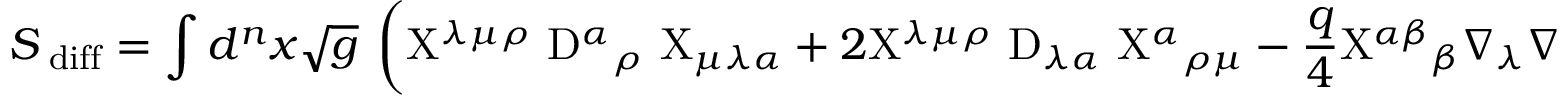
S _ { \mathrm { \tiny ~ d i f f } } = \int d ^ { n } x \sqrt { g } ~ \left( \mathrm { X } ^ { \lambda \mu \rho } ~ \mathrm { D } ^ { \alpha } { } _ { \rho } ~ \mathrm { X } _ { \mu \lambda \alpha } + 2 \mathrm { X } ^ { \lambda \mu \rho } ~ \mathrm { D } _ { \lambda \alpha } ~ \mathrm { X } ^ { \alpha } { } _ { \rho \mu } - \frac { q } 4 \mathrm { X } ^ { \alpha \beta } { } _ { \beta } { } \nabla _ { \lambda } \nabla _ { \mu } { } \mathrm { X } ^ { \lambda \mu } { } _ { \alpha } - \frac 1 2 \mathrm { X } ^ { \beta \gamma \alpha } \mathrm { X } _ { \beta \gamma \alpha } \right) .